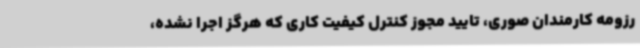
رزومه کارمندان صوری،‌ تایید مجوز کنترل کیفیت کاری که هرگز اجرا نشده،